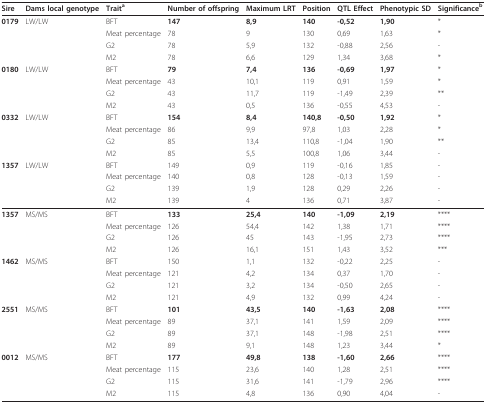
<table><thead><tr><td><b>Sire</b></td><td><b>Dams local genotype</b></td><td><b>Trait<sup>a</sup></b></td><td><b>Number of offspring</b></td><td><b>Maximum LRT</b></td><td><b>Position</b></td><td><b>QTL Effect</b></td><td><b>Phenotypic SD</b></td><td><b>Significance<sup>b</sup></b></td></tr></thead><tbody><tr><td><b>0179</b></td><td>LW/LW</td><td>BFT</td><td><b>147</b></td><td><b>8,9</b></td><td><b>140</b></td><td><b>-0,52</b></td><td><b>1,90</b></td><td>*</td></tr><tr><td></td><td></td><td>Meat percentage</td><td>78</td><td>9</td><td>130</td><td>0,69</td><td>1,63</td><td>*</td></tr><tr><td></td><td></td><td>G2</td><td>78</td><td>5,9</td><td>132</td><td>-0,88</td><td>2,56</td><td>-</td></tr><tr><td></td><td></td><td>M2</td><td>78</td><td>6,6</td><td>129</td><td>1,34</td><td>3,68</td><td>*</td></tr><tr><td><b>0180</b></td><td>LW/LW</td><td>BFT</td><td><b>79</b></td><td><b>7,4</b></td><td><b>136</b></td><td><b>-0,69</b></td><td><b>1,97</b></td><td>*</td></tr><tr><td></td><td></td><td>Meat percentage</td><td>43</td><td>10,1</td><td>119</td><td>0,91</td><td>1,59</td><td>*</td></tr><tr><td></td><td></td><td>G2</td><td>43</td><td>11,7</td><td>119</td><td>-1,49</td><td>2,39</td><td>**</td></tr><tr><td></td><td></td><td>M2</td><td>43</td><td>0,5</td><td>136</td><td>-0,55</td><td>4,53</td><td>-</td></tr><tr><td><b>0332</b></td><td>LW/LW</td><td>BFT</td><td><b>154</b></td><td><b>8,4</b></td><td><b>140,8</b></td><td><b>-0,50</b></td><td><b>1,92</b></td><td>*</td></tr><tr><td></td><td></td><td>Meat percentage</td><td>86</td><td>9,9</td><td>97,8</td><td>1,03</td><td>2,28</td><td>*</td></tr><tr><td></td><td></td><td>G2</td><td>85</td><td>13,4</td><td>110,8</td><td>-1,04</td><td>1,90</td><td>**</td></tr><tr><td></td><td></td><td>M2</td><td>85</td><td>5,5</td><td>100,8</td><td>1,06</td><td>3,44</td><td>-</td></tr><tr><td><b>1357</b></td><td>LW/LW</td><td>BFT</td><td>149</td><td>0,9</td><td>119</td><td>-0,16</td><td>1,85</td><td>-</td></tr><tr><td></td><td></td><td>Meat percentage</td><td>140</td><td>0,8</td><td>128</td><td>-0,13</td><td>1,59</td><td>-</td></tr><tr><td></td><td></td><td>G2</td><td>139</td><td>1,9</td><td>128</td><td>0,29</td><td>2,26</td><td>-</td></tr><tr><td></td><td></td><td>M2</td><td>139</td><td>4</td><td>136</td><td>0,71</td><td>3,87</td><td>-</td></tr><tr><td><b>1357</b></td><td>MS/MS</td><td>BFT</td><td><b>133</b></td><td><b>25,4</b></td><td><b>140</b></td><td><b>-1,09</b></td><td><b>2,19</b></td><td>****</td></tr><tr><td></td><td></td><td>Meat percentage</td><td>126</td><td>54,4</td><td>142</td><td>1,38</td><td>1,71</td><td>****</td></tr><tr><td></td><td></td><td>G2</td><td>126</td><td>45</td><td>143</td><td>-1,95</td><td>2,73</td><td>****</td></tr><tr><td></td><td></td><td>M2</td><td>126</td><td>16,1</td><td>151</td><td>1,43</td><td>3,52</td><td>***</td></tr><tr><td><b>1462</b></td><td>MS/MS</td><td>BFT</td><td>150</td><td>1,1</td><td>132</td><td>-0,22</td><td>2,25</td><td>-</td></tr><tr><td></td><td></td><td>Meat percentage</td><td>121</td><td>4,2</td><td>134</td><td>0,37</td><td>1,70</td><td>-</td></tr><tr><td></td><td></td><td>G2</td><td>121</td><td>3,2</td><td>134</td><td>-0,50</td><td>2,65</td><td>-</td></tr><tr><td></td><td></td><td>M2</td><td>121</td><td>4,9</td><td>132</td><td>0,99</td><td>4,24</td><td>-</td></tr><tr><td><b>2551</b></td><td>MS/MS</td><td>BFT</td><td><b>101</b></td><td><b>43,5</b></td><td><b>140</b></td><td><b>-1,63</b></td><td><b>2,08</b></td><td>****</td></tr><tr><td></td><td></td><td>Meat percentage</td><td>89</td><td>37,1</td><td>141</td><td>1,59</td><td>2,09</td><td>****</td></tr><tr><td></td><td></td><td>G2</td><td>89</td><td>37,1</td><td>148</td><td>-1,98</td><td>2,51</td><td>****</td></tr><tr><td></td><td></td><td>M2</td><td>89</td><td>9,1</td><td>148</td><td>1,23</td><td>3,44</td><td>*</td></tr><tr><td><b>0012</b></td><td>MS/MS</td><td>BFT</td><td><b>177</b></td><td><b>49,8</b></td><td><b>138</b></td><td><b>-1,60</b></td><td><b>2,66</b></td><td>****</td></tr><tr><td></td><td></td><td>Meat percentage</td><td>115</td><td>23,6</td><td>140</td><td>1,28</td><td>2,51</td><td>****</td></tr><tr><td></td><td></td><td>G2</td><td>115</td><td>31,6</td><td>141</td><td>-1,79</td><td>2,96</td><td>****</td></tr><tr><td></td><td></td><td>M2</td><td>115</td><td>4,8</td><td>136</td><td>0,90</td><td>4,04</td><td>-</td></tr></tbody></table>